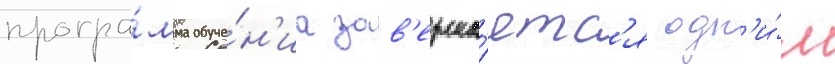
програ́мма обуче́н'иа зав'ерша́етс'я одн'и́м